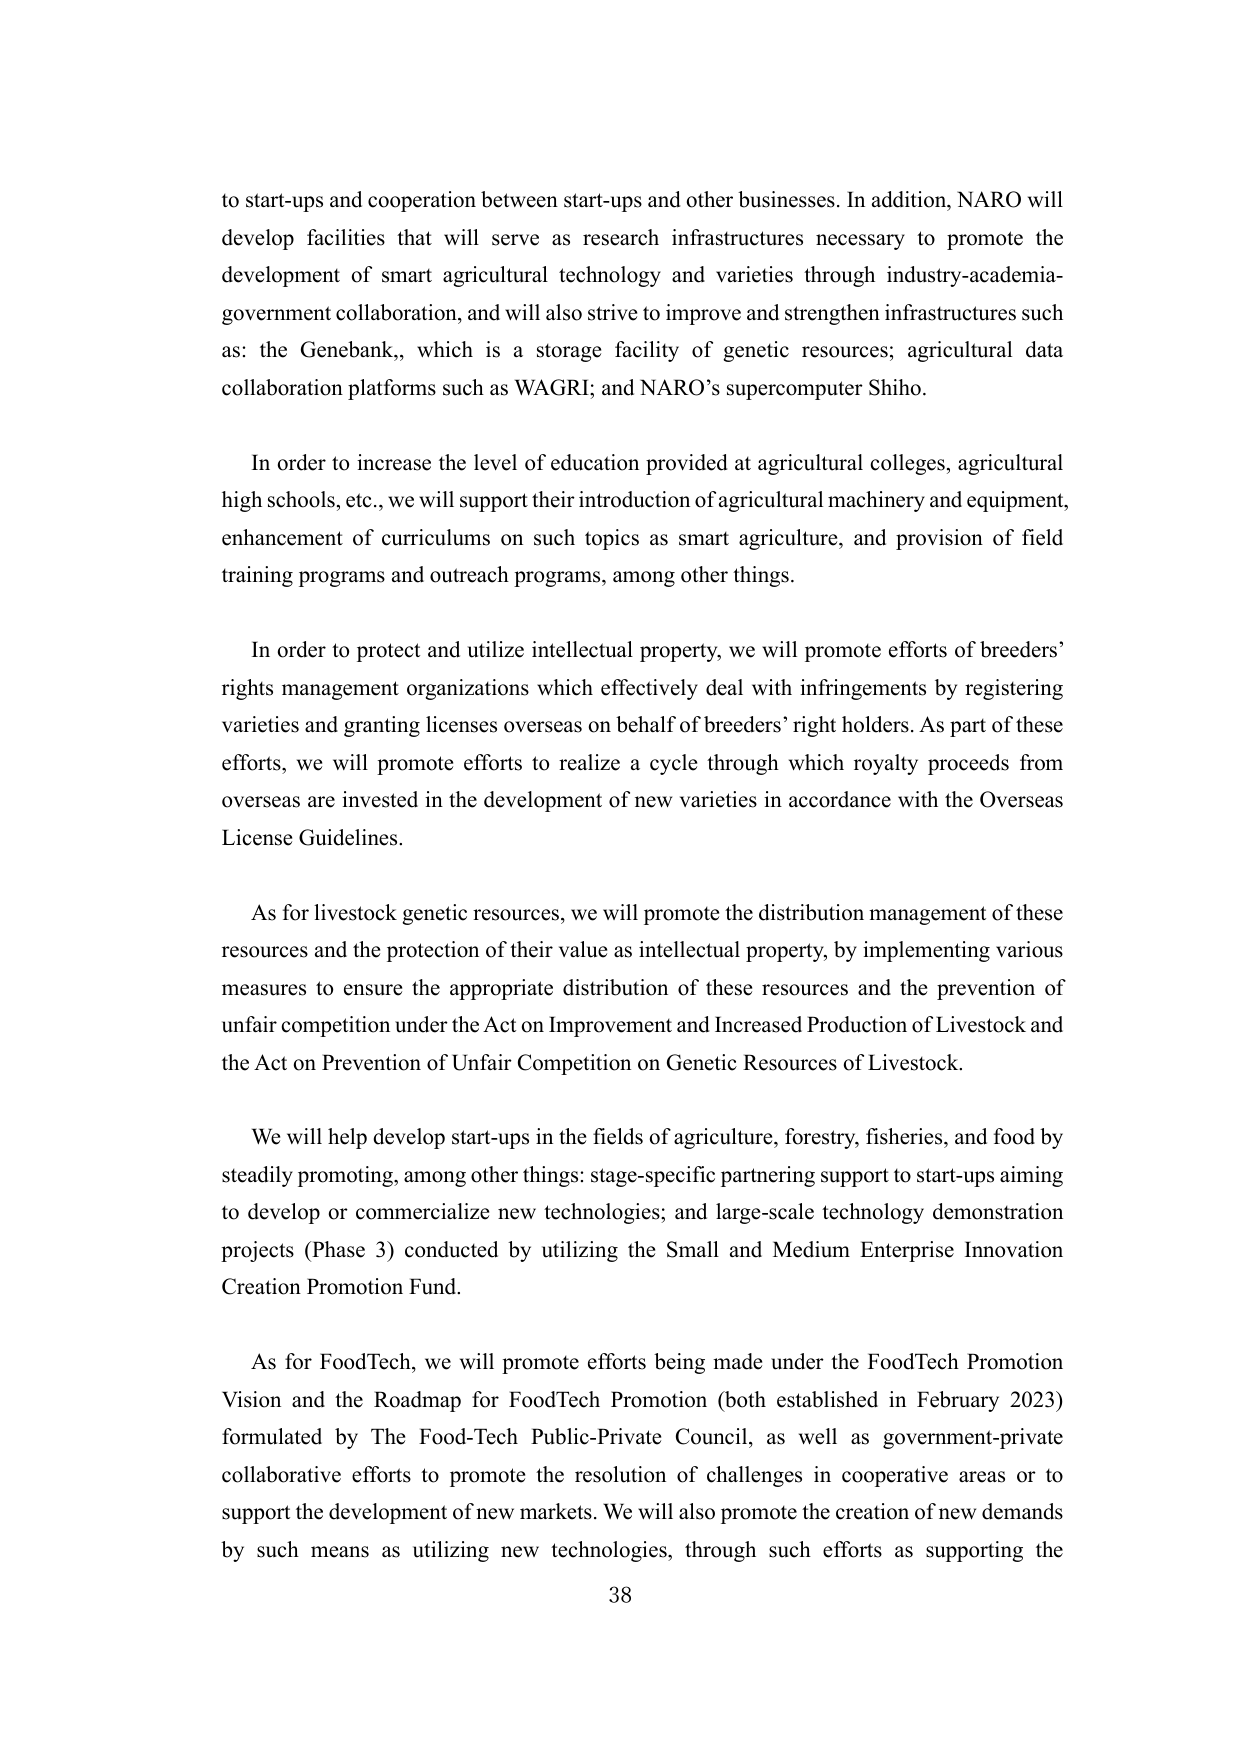
to start-ups and cooperation between start-ups and other businesses. In addition, NARO will develop facilities that will serve as research infrastructures necessary to promote the development of smart agricultural technology and varieties through industry-academia-government collaboration, and will also strive to improve and strengthen infrastructures such as: the Genebank, which is a storage facility of genetic resources; agricultural data collaboration platforms such as WAGRI; and NARO’s supercomputer Shiho.

In order to increase the level of education provided at agricultural colleges, agricultural high schools, etc., we will support their introduction of agricultural machinery and equipment, enhancement of curriculums on such topics as smart agriculture, and provision of field training programs and outreach programs, among other things.

In order to protect and utilize intellectual property, we will promote efforts of breeders’ rights management organizations which effectively deal with infringements by registering varieties and granting licenses overseas on behalf of breeders’ right holders. As part of these efforts, we will promote efforts to realize a cycle through which royalty proceeds from overseas are invested in the development of new varieties in accordance with the Overseas License Guidelines.

As for livestock genetic resources, we will promote the distribution management of these resources and the protection of their value as intellectual property, by implementing various measures to ensure the appropriate distribution of these resources and the prevention of unfair competition under the Act on Improvement and Increased Production of Livestock and the Act on Prevention of Unfair Competition on Genetic Resources of Livestock.

We will help develop start-ups in the fields of agriculture, forestry, fisheries, and food by steadily promoting, among other things: stage-specific partnering support to start-ups aiming to develop or commercialize new technologies; and large-scale technology demonstration projects (Phase 3) conducted by utilizing the Small and Medium Enterprise Innovation Creation Promotion Fund.

As for FoodTech, we will promote efforts being made under the FoodTech Promotion Vision and the Roadmap for FoodTech Promotion (both established in February 2023) formulated by The Food-Tech Public-Private Council, as well as government-private collaborative efforts to promote the resolution of challenges in cooperative areas or to support the development of new markets. We will also promote the creation of new demands by such means as utilizing new technologies, through such efforts as supporting the

38